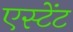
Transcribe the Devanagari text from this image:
एस्टेंट